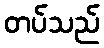
တပ်သည်